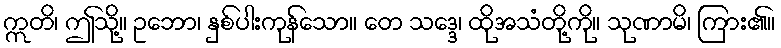
ဣတိ၊ ဤသို့။ ဥဘော၊ နှစ်ပါးကုန်သော။ တေ သဒ္ဒေ၊ ထိုအသံတို့ကို။ သုဏာမိ၊ ကြား၏။